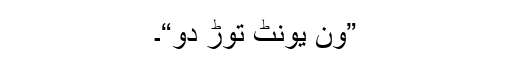
”ون یونٹ توڑ دو“۔